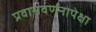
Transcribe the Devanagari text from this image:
प्रवासवर्णनापेक्षा